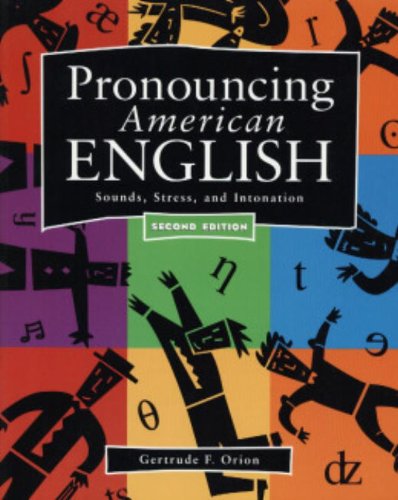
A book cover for Pronouncing American English: Sounds, Stress, and Intonation  (Second Edition); Gertrude F. Orion; Reference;